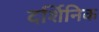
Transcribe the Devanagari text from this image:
दर्शिनिक